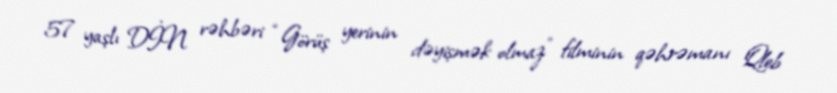
57 yaşlı DİN rəhbəri “Görüş yerinin dəyişmək olmaz” filminin qəhrəmanı Qleb